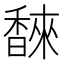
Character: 𮩩